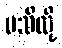
မသိလို့